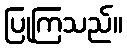
ပြုကြသည်။